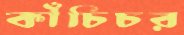
কাঁচিচর